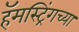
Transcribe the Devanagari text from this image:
हॅमस्ट्रिंगच्या